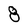
Character: 8